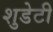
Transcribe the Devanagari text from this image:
शुडेटी